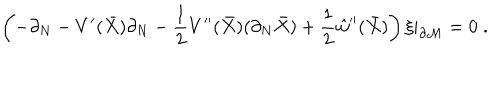
\left( - \partial _ { N } - V ^ { \prime } ( \bar { X } ) \partial _ { N } - \frac 1 2 V ^ { \prime \prime } ( \bar { X } ) ( \partial _ { N } \bar { X } ) + \frac 1 2 \hat { w } ^ { \prime \prime } ( \bar { X } ) \right) \xi | _ { \partial { \cal M } } = 0 \; .